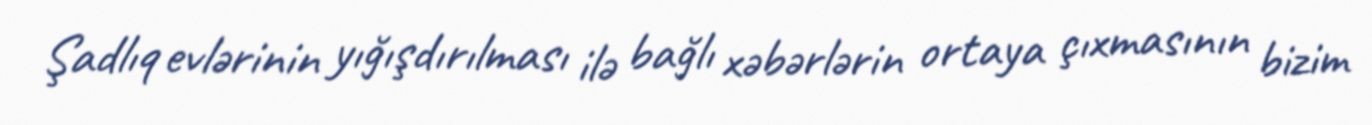
Şadlıq evlərinin yığışdırılması ilə bağlı xəbərlərin ortaya çıxmasının bizim